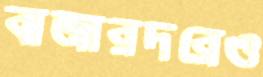
বাজারদরেও